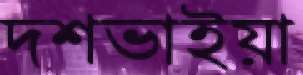
দশভাইয়া